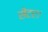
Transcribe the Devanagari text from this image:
सेंटर।